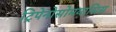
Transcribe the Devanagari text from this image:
ट्रिपेनोसोमयासिस